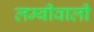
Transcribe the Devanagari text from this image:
लम्बीवाली